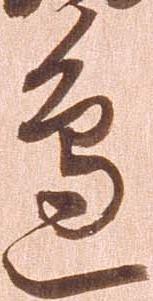
辺